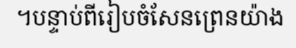
។បន្ទាប់ពីរៀបចំសែនព្រេនយ៉ាង